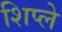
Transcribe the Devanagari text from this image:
शिप्ले